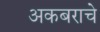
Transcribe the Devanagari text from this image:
अकबराचे